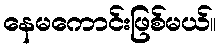
နေမကောင်းဖြစ်မယ်။